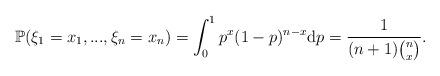
LaTeX: \begin{align*} \mathbb{P}(\xi_1 = x_1,...,\xi_n=x_n) = \int_0^1 p^x(1-p)^{n-x}{\rm d} p=\frac{1}{(n+1) {n\choose x}}. \end{align*}